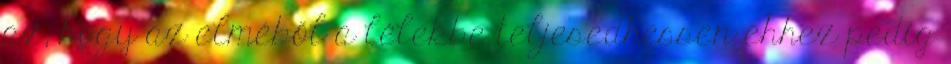
az, hogy az elméből a lélekbe teljesedhessen ehhez pedig